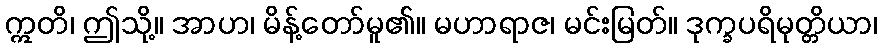
ဣတိ၊ ဤသို့။ အာဟ၊ မိန့်တော်မူ၏။ မဟာရာဇ၊ မင်းမြတ်။ ဒုက္ခပရိမုတ္တိယာ၊